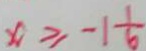
x \geq - 1 \frac { 1 } { 6 }